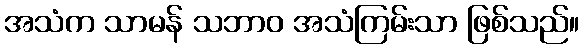
အသံက သာမန် သဘာဝ အသံကြမ်းသာ ဖြစ်သည်။